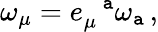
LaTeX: \omega_{\mu}=e_{\mu}^{\, \, \, \, \mathtt{a}}\omega_{\mathtt{a}}\, {,}